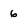
Character: 6